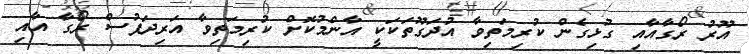
އޫރު ރޯގާއާއި ގުޅިގެން ކުރިމަތިވާ އުދަގޫތަކަކީ އާންމުކޮށް ކުރިމަތިވާ އަރިދަފުސް ރޯގާ އާއި